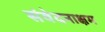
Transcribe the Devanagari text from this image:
संवेदनाक्षम